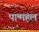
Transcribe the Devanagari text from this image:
पान्महल